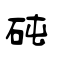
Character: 砘